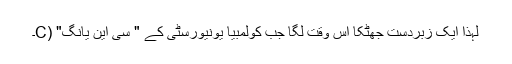
لہٰذا ایک زبردست جھٹکا اس وقت لگا جب کولمبیا یونیورسٹی کے " سی این یانگ" (C۔